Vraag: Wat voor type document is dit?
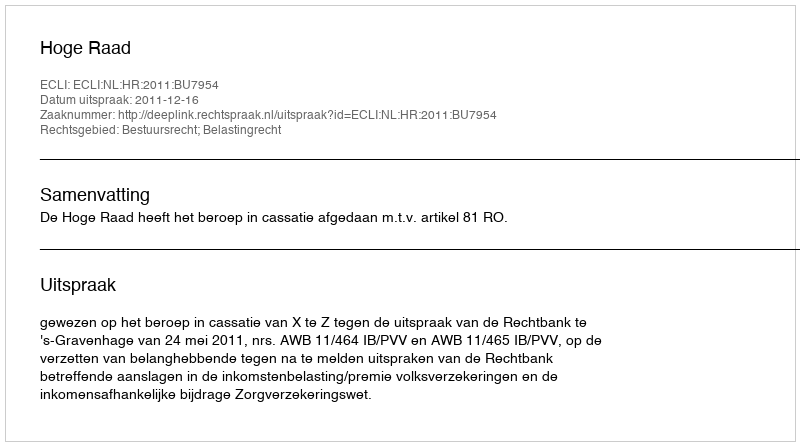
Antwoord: Uitspraak